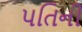
પતિની